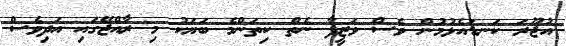
އުޖޫރަ ކަނޑައެޅުމުން ވެސް ވަޒީފާ ނެތް ކިތަންމެ ބަޔަކު މި ރާއްޖޭގައި އަދިވެސް